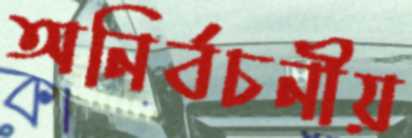
অনির্বচনীয়